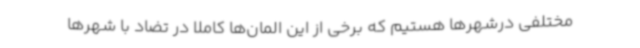
مختلفی درشهرها هستیم که برخی از این المان‌ها کاملاً در تضاد با شهرها